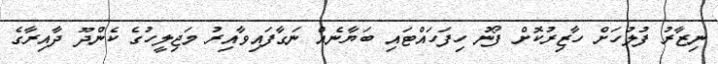
ނިޒާރު ފުލުހަށް ހާޒިރުކޮށް ފޯނު ހިފަހައްޓައި ބަޔާނެއް ނަގާފައިވާއިރު މަޖިލީހުގެ ކެންދޫ ދާއިރާގެ